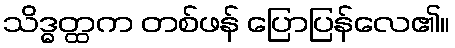
သိဒ္ဓတ္ထက တစ်ဖန် ပြောပြန်လေ၏။